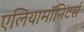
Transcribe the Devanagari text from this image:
एलियामॉनिटर्स